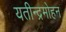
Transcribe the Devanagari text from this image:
यतीन्द्रमोहन